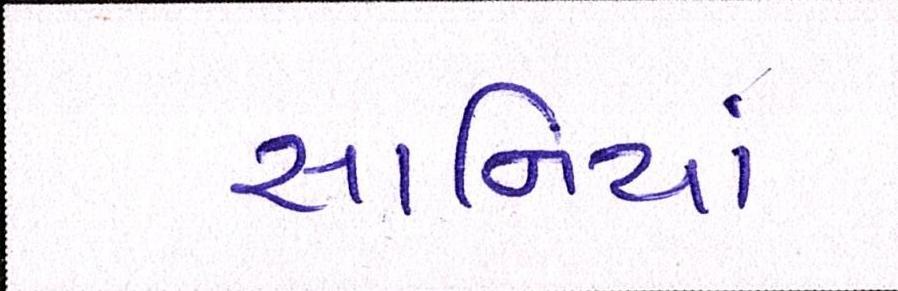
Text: સાનિયા